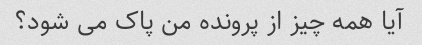
آیا همه چیز از پرونده من پاک می شود؟